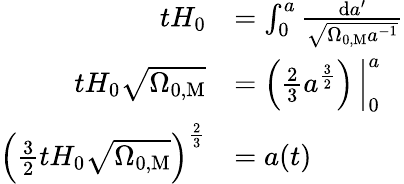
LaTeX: {\begin{array}{rl}{tH_{0}}&{=\int_{0}^{a}{\frac{\mathrm{d}a^{\prime}}{\sqrt{\Omega_{0,\mathrm{M}}a^{-1}}}}}\\ {tH_{0}{\sqrt{\Omega_{0,\mathrm{M}}}}}&{=\left.\left({\frac{2}{3}}a^{\frac{3}{2}}\right)\, \right|_{0}^{a}}\\ {\left({\frac{3}{2}}tH_{0}{\sqrt{\Omega_{0,\mathrm{M}}}}\right)^{\frac{2}{3}}}&{=a(t)}\end{array}}